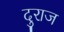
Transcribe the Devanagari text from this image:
दुराज